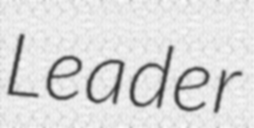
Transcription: Leader